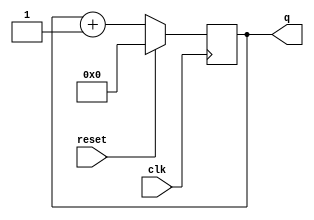
module top_module (
    input clk,
    input reset,
    output [3:0] q
  );
  
  always@(posedge clk)begin
      if(reset)
          q <= 0;
      else
          q <= q + 1'b1;
  end

endmodule